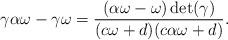
LaTeX: \begin{align*}\gamma \alpha \omega-\gamma \omega= \dfrac{(\alpha \omega-\omega)\det (\gamma)}{(c\omega+d)(c \alpha \omega+d)}.\end{align*}